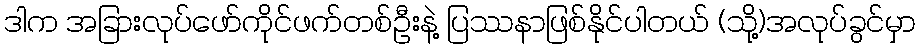
ဒါက အခြားလုပ်ဖော်ကိုင်ဖက်တစ်ဦးနဲ့ ပြဿနာဖြစ်နိုင်ပါတယ် (သို့)အလုပ်ခွင်မှာ